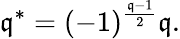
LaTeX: \mathfrak{q}^{*}=(-1)^{\frac{{\mathfrak{q}-1}}{{2}}}\mathfrak{q}.